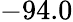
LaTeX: -94.0